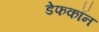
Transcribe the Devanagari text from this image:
डेफकॉन